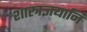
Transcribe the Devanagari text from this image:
शास्त्रज्ञयानि